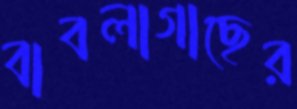
বাবলাগাছের